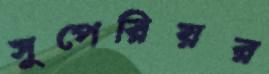
সুপেরিয়র